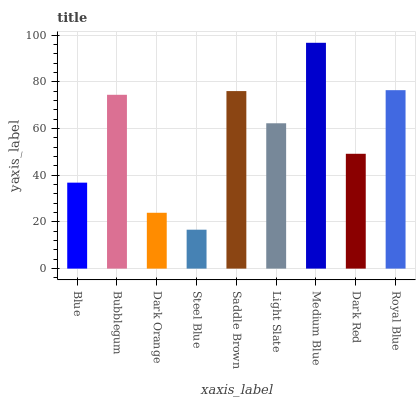
| xaxis_label | bars |
 | --- | --- |
 | Blue | 36.8 |
 | Bubblegum | 74.5 |
 | Dark Orange | 23.9 |
 | Steel Blue | 16.7 |
 | Saddle Brown | 76.1 |
 | Light Slate | 62.3 |
 | Medium Blue | 96.8 |
 | Dark Red | 49.2 |
 | Royal Blue | 76.5 |